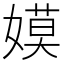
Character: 嫫